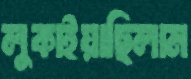
লুকাইয়াছিলাম